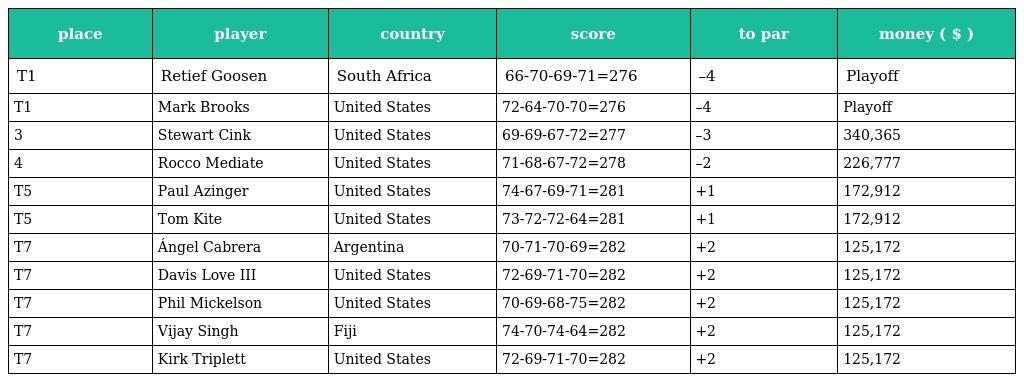
| place | player | country | score | to par | money ( $ ) |
 | --- | --- | --- | --- | --- | --- |
 | T1 | Retief Goosen | South Africa | 66-70-69-71=276 | –4 | Playoff |
 | T1 | Mark Brooks | United States | 72-64-70-70=276 | –4 | Playoff |
 | 3 | Stewart Cink | United States | 69-69-67-72=277 | –3 | 340,365 |
 | 4 | Rocco Mediate | United States | 71-68-67-72=278 | –2 | 226,777 |
 | T5 | Paul Azinger | United States | 74-67-69-71=281 | +1 | 172,912 |
 | T5 | Tom Kite | United States | 73-72-72-64=281 | +1 | 172,912 |
 | T7 | Ángel Cabrera | Argentina | 70-71-70-69=282 | +2 | 125,172 |
 | T7 | Davis Love III | United States | 72-69-71-70=282 | +2 | 125,172 |
 | T7 | Phil Mickelson | United States | 70-69-68-75=282 | +2 | 125,172 |
 | T7 | Vijay Singh | Fiji | 74-70-74-64=282 | +2 | 125,172 |
 | T7 | Kirk Triplett | United States | 72-69-71-70=282 | +2 | 125,172 |